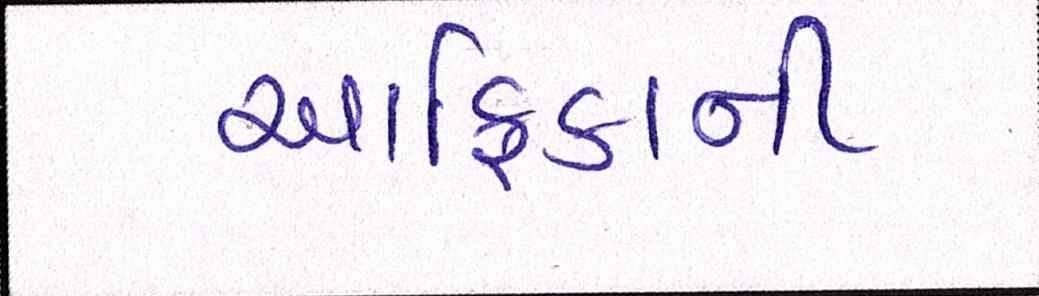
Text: આફ્રિકાની